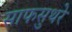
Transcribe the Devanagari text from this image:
साफसुथरे